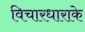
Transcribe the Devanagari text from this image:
विचारधाराके